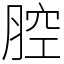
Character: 腔